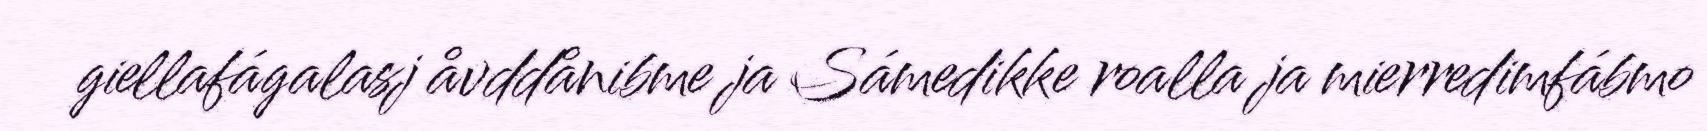
giellafágalasj åvddånibme ja Sámedikke roalla ja mierredimfábmo